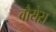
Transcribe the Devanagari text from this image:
वौयेस